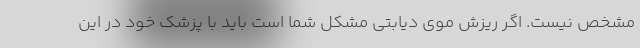
مشخص نیست. اگر ریزش موی دیابتی مشکل شما است باید با پزشک خود در این